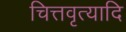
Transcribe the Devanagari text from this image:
चित्तवृत्यादि